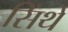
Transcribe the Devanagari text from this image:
सिंथे